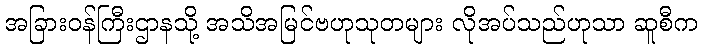
အခြားဝန်ကြီးဌာနသို့ အသိအမြင်ဗဟုသုတများ လိုအပ်သည်ဟုသာ ဆူစီက